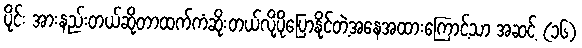
ပိုင်း အားနည်းတယ်ဆိုတာထက်ကံဆိုးတယ်လို့ပိုပြောနိုင်တဲ့အနေအထားကြောင့်သာ အဆင့် (၁၆)